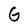
Character: G